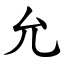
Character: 允